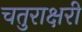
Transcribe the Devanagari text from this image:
चतुराक्षरी